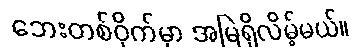
ဘေးတစ်ဝိုက်မှာ အမြဲရှိလိမ့်မယ်။